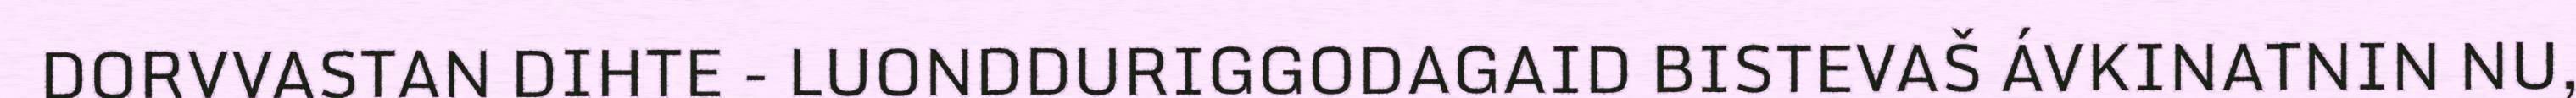
DORVVASTAN DIHTE - LUONDDURIGGODAGAID BISTEVAŠ ÁVKINATNIN NU,